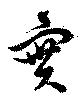
實